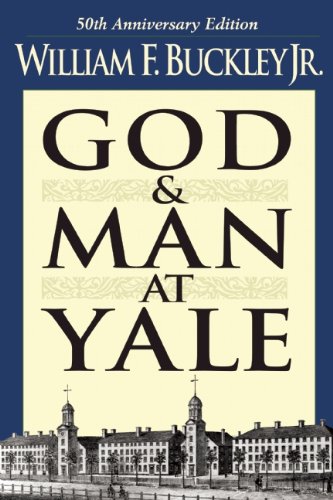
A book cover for God and Man at Yale: The Superstitions of 'Academic Freedom'; William F. Buckley; Business & Money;